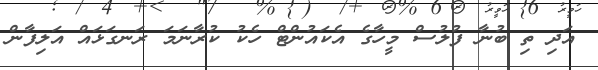
އަދި ތި ބުނާ ފުލުސް މީހާގެ އެކައުންޓް ހެކު ކުރާނަމަ ރަނގަޅައް އަލިފާން